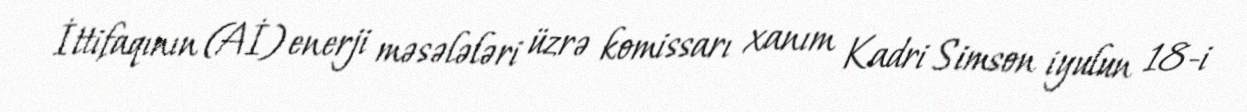
İttifaqının (Aİ) enerji məsələləri üzrə komissarı xanım Kadri Simson iyulun 18-i